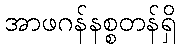
အာဖဂန်နစ္စတန်ရှိ